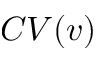
C V ( v )